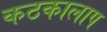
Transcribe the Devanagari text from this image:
कठकालाप